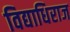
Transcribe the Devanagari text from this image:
विद्याधिराज